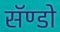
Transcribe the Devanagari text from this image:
सॅण्डो